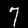
Digit: 7